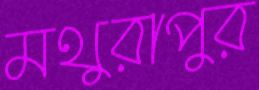
মথুরাপুর